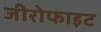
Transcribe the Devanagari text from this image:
जीरोफाइट